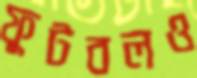
ফুটবলও